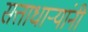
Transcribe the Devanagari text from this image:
सत्ताधार्‍यांनी